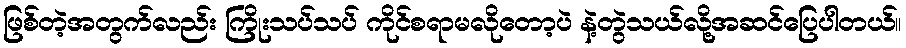
ဖြစ်တဲ့အတွက်လည်း ကြိုးသပ်သပ် ကိုင်စရာမလိုတော့ပဲ နဲ့တွဲသယ်လို့အဆင်ပြေပါတယ်။